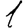
Digit: 1